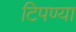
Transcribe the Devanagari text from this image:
टिपण्या